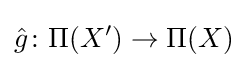
{\hat {g}}\colon \Pi (X')\to \Pi (X)